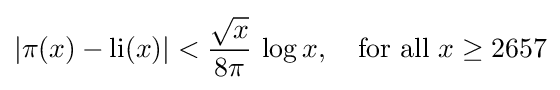
|\pi (x)-\operatorname {li} (x)|<{\frac {\sqrt {x}}{8\pi }}\,\log {x},\quad {\text{for all }}x\geq 2657